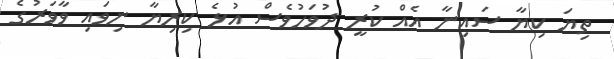
ތިޔަ ކިޔާ ސައިނާ އެއް ކުރީ ދުވަހުވެސް އުޅެ ކިރިޔާ ނިވައި ވާވަރުގެ